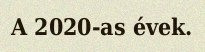
A 2020-as évek.